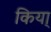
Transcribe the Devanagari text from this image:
किया्